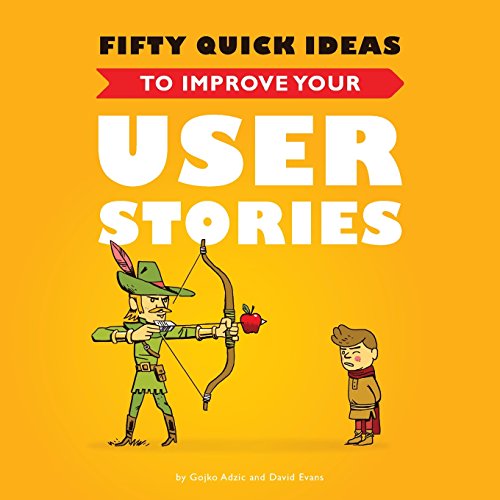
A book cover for Fifty Quick Ideas to Improve Your User Stories; Gojko Adzic; Computers & Technology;